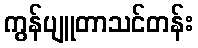
ကွန်ပျူတာသင်တန်း